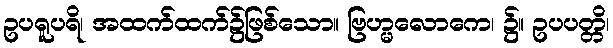
ဥပရူပရိ၊ အထက်ထက်၌ဖြစ်သော။ ဗြဟ္မလောကေ၊ ၌။ ဥပပတ္တိ၊